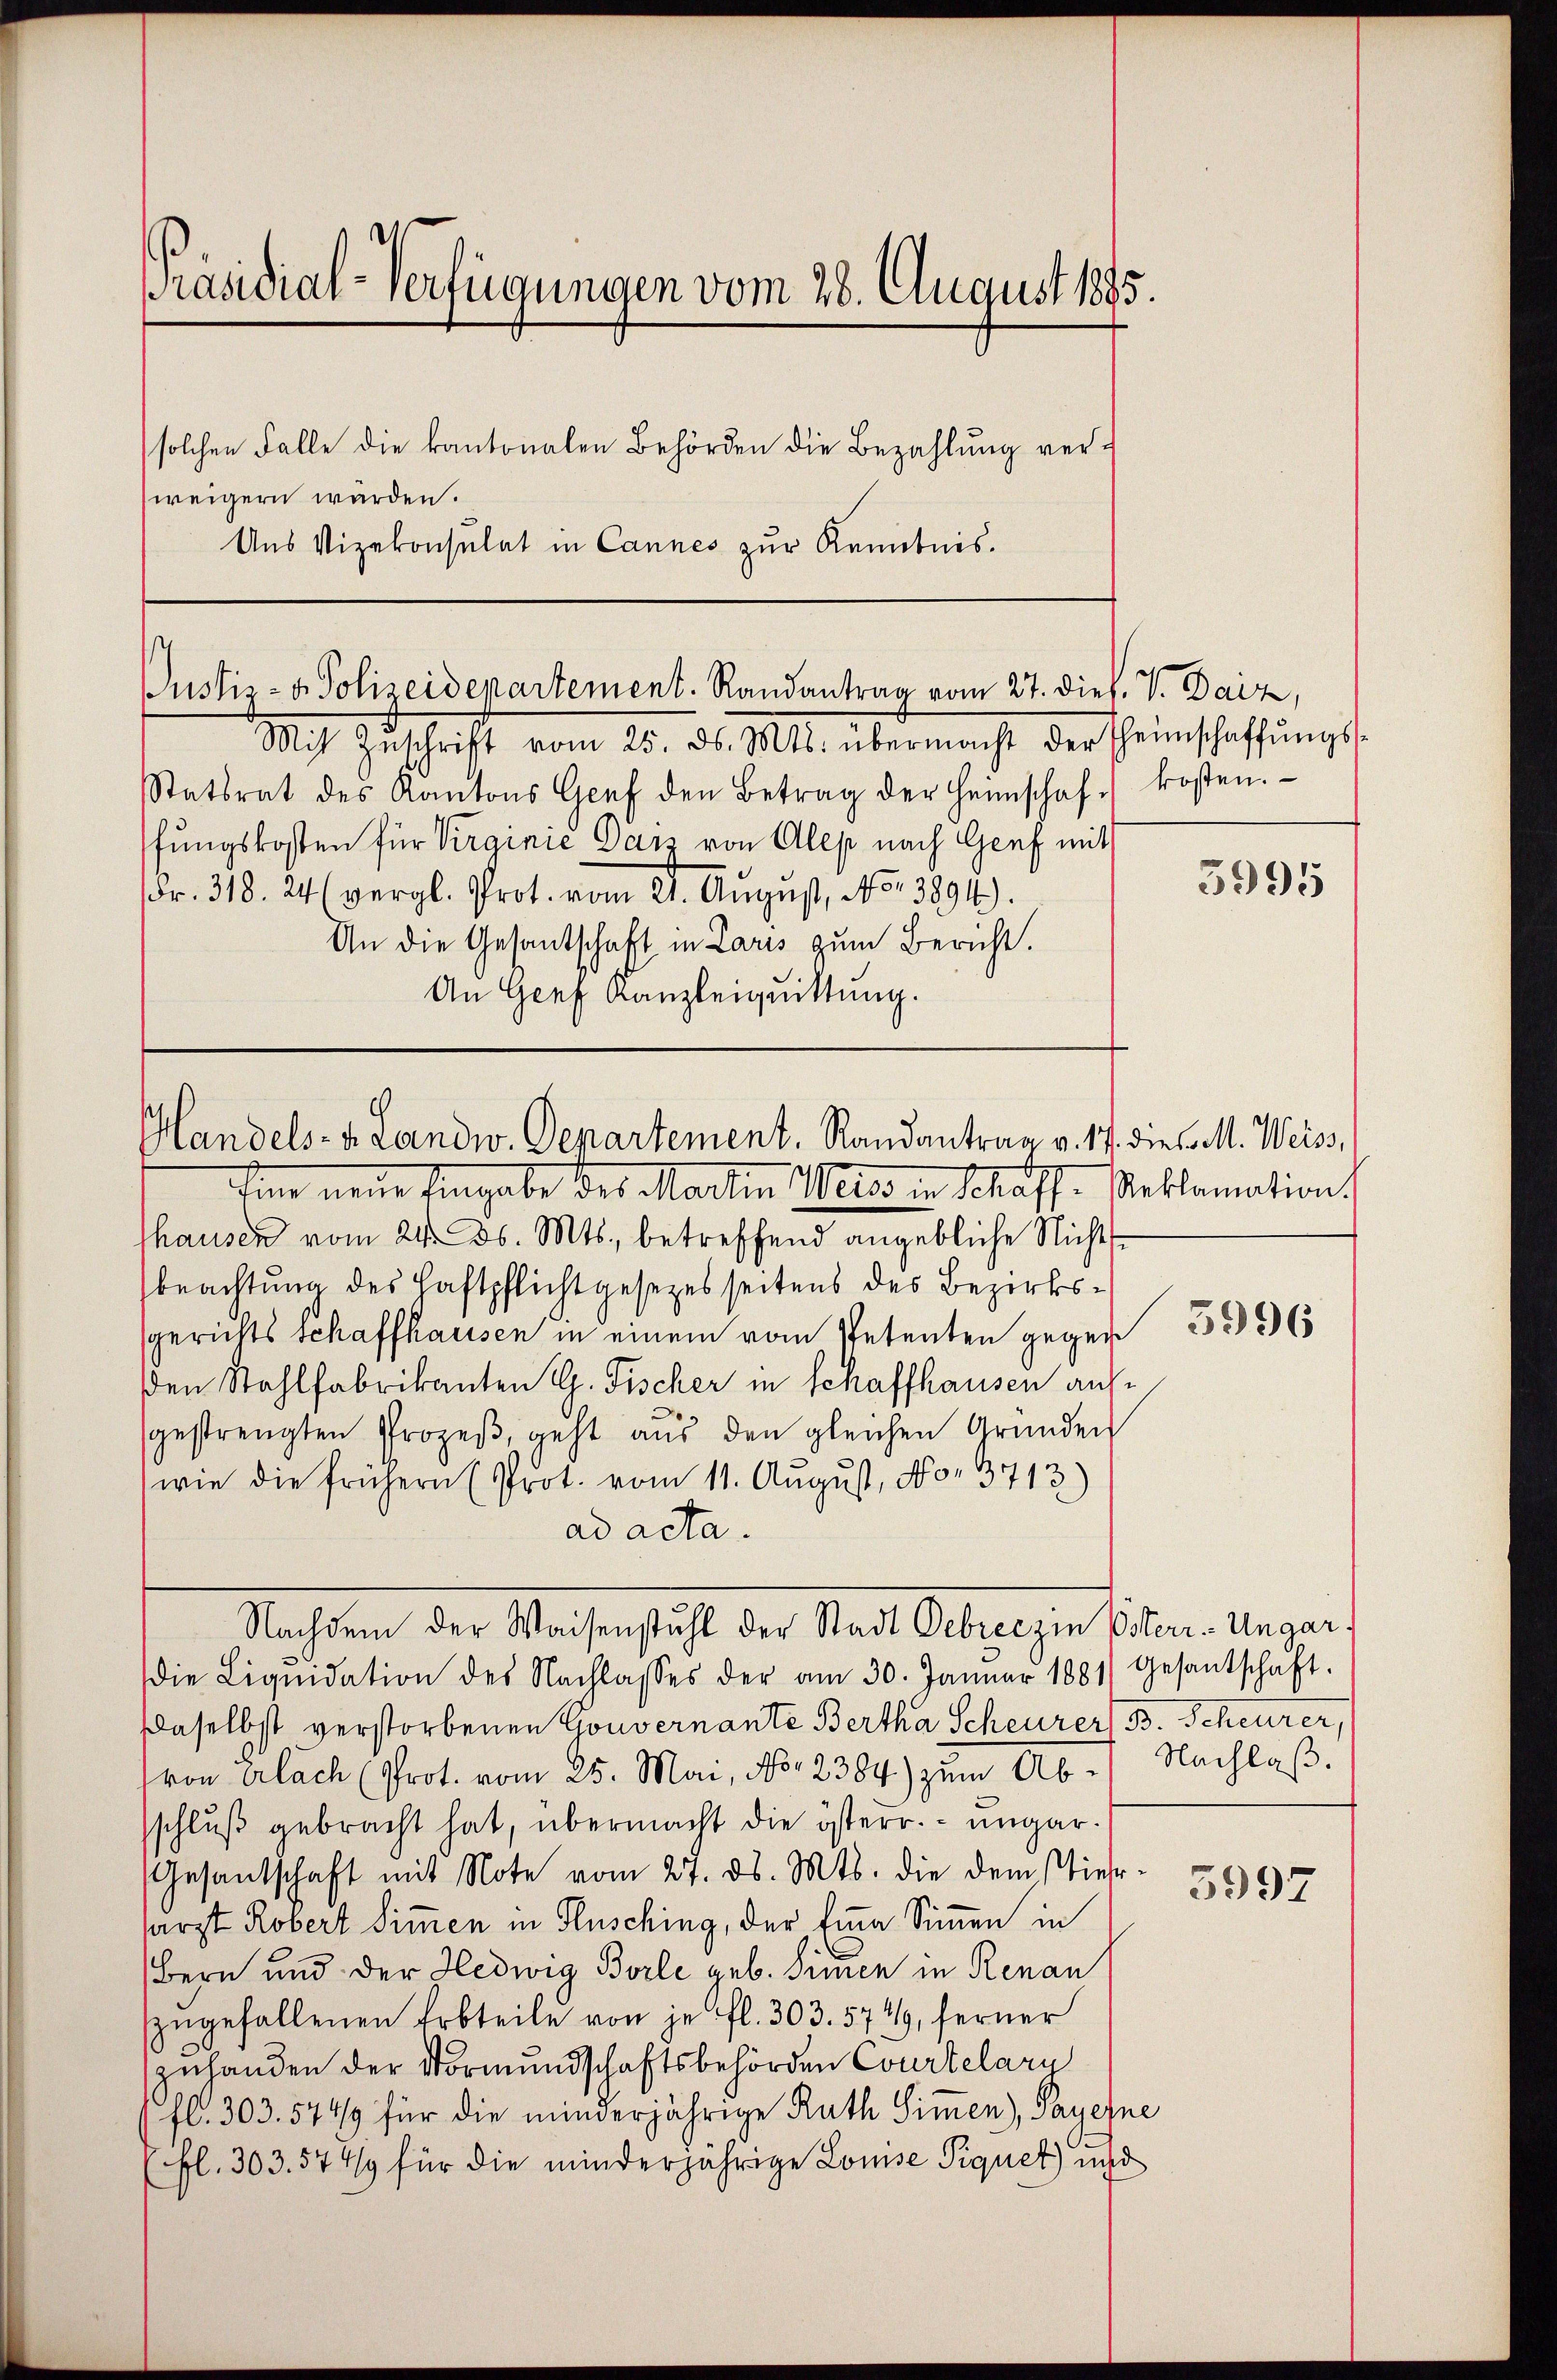
weigern würden.
Aus Vizekonsulat in Cannes zur Kenntnis.

Präsidial-Verfügungen vom 28. August 1895.
solchen Falle die kantonalen Behörden die Bezahlung ver¬

Statsrat des Kantons Genf den Betrag der Heimschaf kosten.
fungskosten für Virginie Daiz von Alep nach Genf mit
Fr. 318. 24 (vergl. Prot. vom 21. August, No. 3894).
An die Gesantschaft in Laris zum Bericht.
An Genf Kanzleiquittung.

thausen vom 24. d. Mts., betreffend angebliche Nichtsbeachtung des Haftpflichtgesezes seitens des Bezirkssgerichts Schaffhausen in einem vom Petenten gegen
den Stahlfabrikanten G. Fischer in Schaffhausen aufgestrengten Prozeβ, geht aŭs den gleichen Gründen
wie die frühern (Prot. vom 11. August, No. 3713)
ad acta.
Die Liqŭidation des Nachlasses der am 30. Januar 1881) Gesantschaft.
Daselbst verstorbenen Gouvernante Bertha Scheurer B. Scheurer,
(von erlach (Prot. vom 25. Mai, No. 2384) zum Ab- Nachlaβ.
schluß gebracht hat, übermacht die österr. ungar¬
Gesandschaft mit Note vom 27. ds. Mts. die dem Niehr-
sarzt Robert Simmen in Flusching, der Eine Simmen in
Bern und der Hedwig Borle geb. Sinen in Renau
szugefallenen Erbteile von je fl. 303. 574, ferner
zuhanden der Vormundschaftsbehörden Courtelary
fl. 303. 5749 für die minderjährige Rath Simmen, Payerne
(fl. 303. 577 für die minderjährige Lomse Piquet und

Justiz- & Polizeidepartement. Randantrag vom 27. dies. V. Daiz,
Mit Zŭschrift vom 25. ds. Mts. übermacht der Theimschaffŭngs-

Mandels- u. Landw. Departement. Randantrag v. 14
fin neue Eingabe des Martin Weise in Schaff-Reklamation.

Nachdem der Waisenstuhl der Stadt Gebreczin Esterr.-Ungar.

5995

diese M. Weiss,
5996

5997